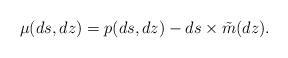
LaTeX: \begin{align*}\mu(ds,dz)= p(ds,dz)- ds\times \tilde m(dz).\end{align*}